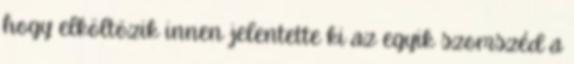
hogy elköltözik innen jelentette ki az egyik szomszéd a